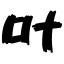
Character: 叶